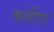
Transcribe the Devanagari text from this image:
कर्थीएट